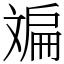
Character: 斒